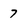
Character: 7